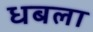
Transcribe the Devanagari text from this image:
धबला